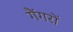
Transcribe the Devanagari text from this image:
गैंगरों